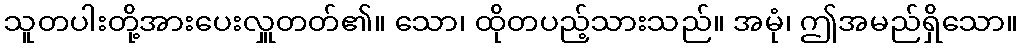
သူတပါးတို့အားပေးလှူတတ်၏။ သော၊ ထိုတပည့်သားသည်။ အမုံ၊ ဤအမည်ရှိသော။